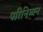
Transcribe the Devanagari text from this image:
परिनिब्बन